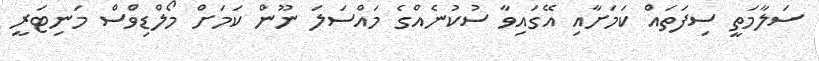
ސަލާމަތީ ސިފަތައް ކަމަށާއި އޭގައިވާ ސުކުނެއްގެ މައްސަލަ ނޫން ކަމަށް މޯލްޑިވްސް މަނިޓަރީ